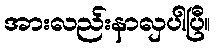
အားလည်းနာလှပါပြီ။